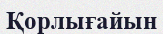
Қорлығайын